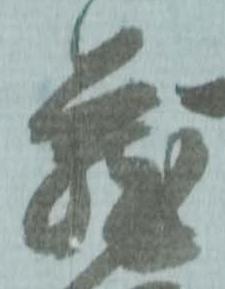
蔵